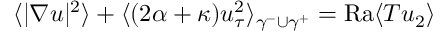
\begin{array} { r } { \langle | \nabla u | ^ { 2 } \rangle + \langle ( 2 \alpha + \kappa ) u _ { \tau } ^ { 2 } \rangle _ { \gamma ^ { - } \cup \gamma ^ { + } } = \mathrm { { R a } } \langle T u _ { 2 } \rangle } \end{array}